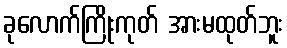
ခုလောက်ကြိုးကုတ် အားမထုတ်ဘူး